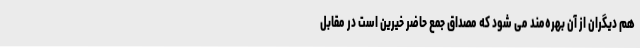
هم دیگران از آن بهره‌مند می شود که مصداق جمع حاضر خیرین است در مقابل